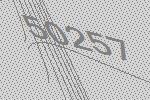
50257